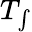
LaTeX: T_{\int}